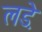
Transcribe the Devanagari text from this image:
लडे़